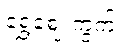
ရွှေဈေးကွက်